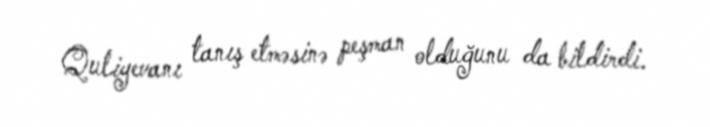
Quliyevanı tanış etməsinə peşman olduğunu da bildirdi.